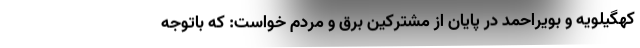
کهگیلویه و بویراحمد در پایان از مشترکین برق و مردم خواست: که باتوجه